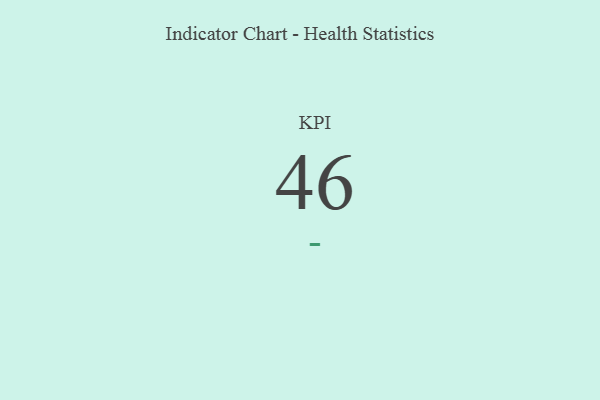
{"axis": {"x": "KPI", "y": "Value"}, "legend": [""], "data": [{"x": "KPI", "y": 46, "type": ""}]}